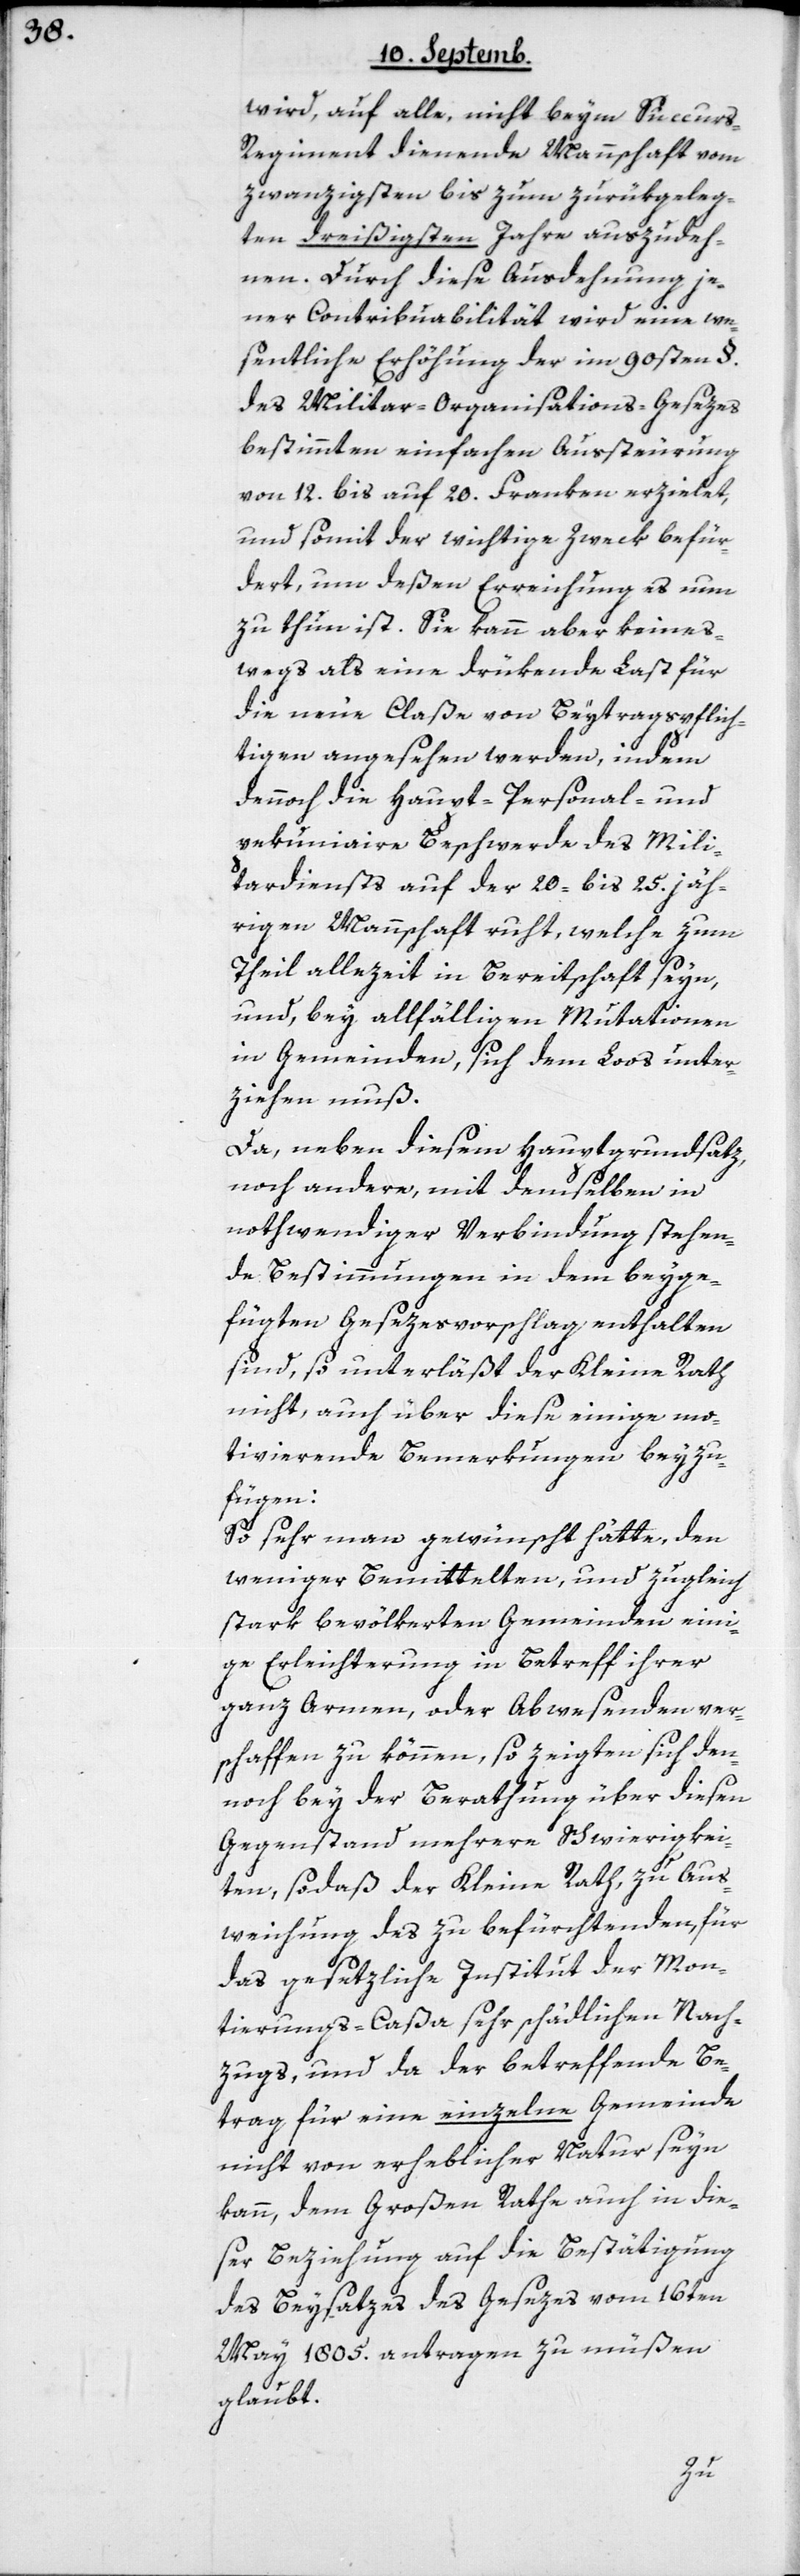
wird, auf alle, nicht beym Succur¬
s-Regiment dienende Mannschaft vom
zwanzigsten bis zum zurükgeleg¬
ten dreißigsten Jahre auszudeh¬
nen. Durch diese Ausdehnung je¬
ner Contribuabilität wird eine we¬
sentliche Erhöhung der im 90sten §.
des Militar-Organisations-Gesezes
bestimmten einfachen Aussteurung
von 12 bis auf 20 Franken erzielet,
und somit der wichtige Zwek befür¬
dert, um deßen Erreichung es nun
zu thun ist. Sie kann aber keines¬
wegs als eine drükende Last für
die neue Claße von Beytragspflich¬
tigen angesehen werden, indem
dennoch die Haupt-, Personal- und
pekuniaire Beschwerde des Mili¬
tardiensts auf der 20- bis 25.jäh¬
rigen Mannschaft ruht, welche zum
Theil allezeit in Bereitschaft seyn,
und bey allfälligen Mutationen
in Gemeinden, sich dem Loos unter¬
ziehen muß.
Da, neben diesem Hauptgrundsatz,
noch andere mit demselben in
nothwendiger Verbindung stehen¬
de Bestimmungen in dem beyge¬
fügten Gesezesvorschlag enthalten
sind, so unterläßt der Kleine Rath
nicht, auch über diese einige mo¬
tivierende Bemerkungen beyzu¬
fügen:
So sehr man gewünscht hätte, den
weniger Bemittelten, und zugleich
stark bevölkerten Gemeinden eini¬
ge Erleichterung in Betreff ihrer
ganz Armen, oder Abwesenden ver¬
schaffen zu können, so zeigten sich den¬
noch bey der Berathung über diesen
Gegenstand mehrere Schwierigkei¬
ten, sodaß der Kleine Rath, zu Aus¬
weichung des zu befürchtenden, für
das gesetzliche Institut der Mon¬
tierungs-Caßa sehr schädlichen Nach¬
zugs, und da der betreffende Be¬
trag für eine einzelne Gemeinde
nicht von erheblicher Natur seyn
kann, dem Großen Rathe auch in die¬
ser Beziehung auf die Bestätigung
des Beysatzes des Gesezes vom 16ten
May 1805. antragen zu müßen
glaubt.